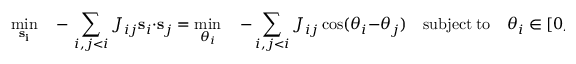
\operatorname* { m i n } _ { \bf s _ { i } } \quad - \, \sum _ { i , j < i } J _ { i j } { \bf s } _ { i } \cdot { \bf s } _ { j } = \operatorname* { m i n } _ { \theta _ { i } } \quad - \sum _ { i , j < i } J _ { i j } \cos ( \theta _ { i } - \theta _ { j } ) \quad \mathrm { s u b j e c t } \ \mathrm { t o } \quad \theta _ { i } \in [ 0 , 2 \pi ) ,